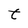
Character: t